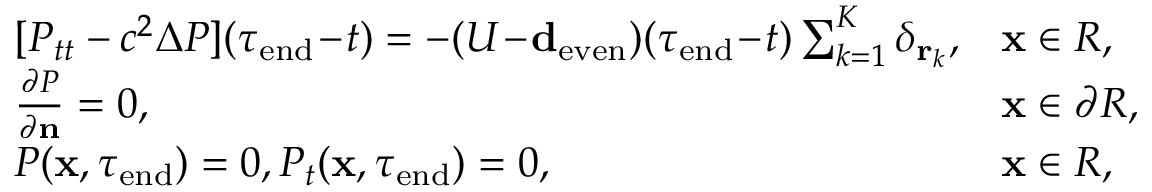
\begin{array} { r } { \begin{array} { l l } { [ P _ { t t } - c ^ { 2 } \Delta P ] ( \tau _ { \mathrm { e n d } } \! - \! t ) = - ( U \! - \! \ensuremath { \mathbf d _ { \mathrm { e v e n } } } ) ( \tau _ { \mathrm { e n d } } \! - \! t ) \sum _ { k = 1 } ^ { K } \delta _ { \mathbf r _ { k } } , } & { \mathbf x \in R , } \\ { { \frac { \partial P } { \partial \mathbf n } } = 0 , } & { \mathbf x \in \partial R , } \\ { P ( \mathbf x , \tau _ { \mathrm { e n d } } ) = 0 , P _ { t } ( \mathbf x , \tau _ { \mathrm { e n d } } ) = 0 , } & { \mathbf x \in R , } \end{array} } \end{array}